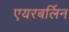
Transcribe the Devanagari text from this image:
एयरबर्लिन